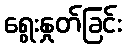
ရွေးနှုတ်ခြင်း